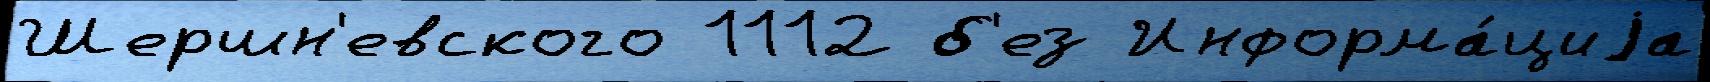
Шершн'евского 1112 б'ез Информа́циjа